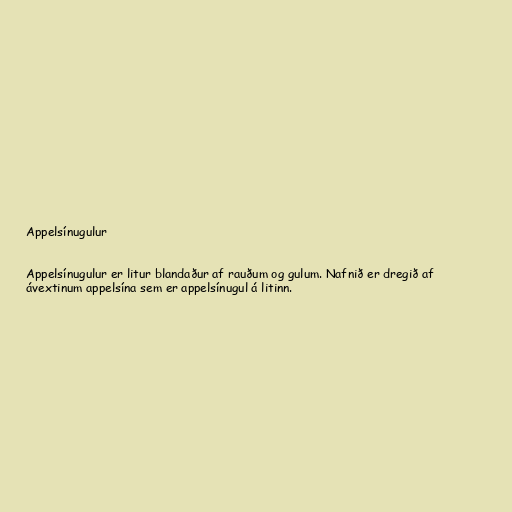
Appelsínugulur

Appelsínugulur er litur blandaður af rauðum og gulum. Nafnið er dregið af
ávextinum appelsína sem er appelsínugul á litinn.